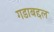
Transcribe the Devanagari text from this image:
गडाबद्दल